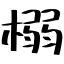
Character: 榒